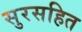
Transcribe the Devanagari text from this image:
सुरसहित